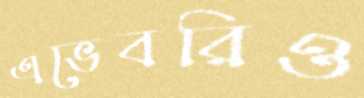
এভেবরিও